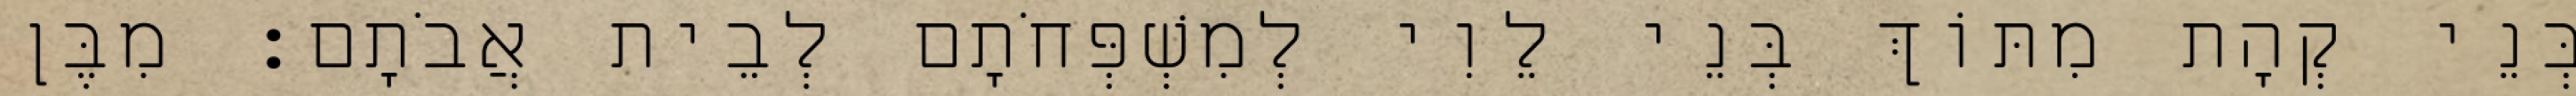
בְּנֵי קְהָת מִתּוֹךְ בְּנֵי לֵוִי לְמִשְׁפְּחֹתָם לְבֵית אֲבֹתָם׃ מִבֶּן